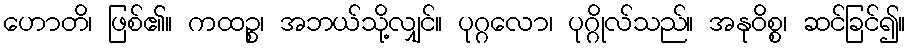
ဟောတိ၊ ဖြစ်၏။ ကထဉ္စ၊ အဘယ်သို့လျှင်။ ပုဂ္ဂလော၊ ပုဂ္ဂိုလ်သည်။ အနုဝိစ္စ၊ ဆင်ခြင်၍။